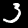
Digit: 3